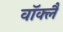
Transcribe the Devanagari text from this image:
वॉक्लैं